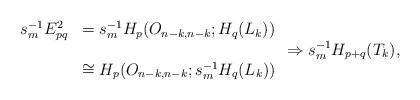
LaTeX: \begin{align*}\begin{array}{ll}s_{m}^{-1}E^{2}_{pq} &= s_{m}^{-1}H_{p}(O_{n-k,n-k}; H_{q}(L_{k}) )\\&\\& \cong H_{p}(O_{n-k,n-k}; s_{m}^{-1}H_{q}(L_{k})) \end{array}\Rightarrow s_{m}^{-1}H_{p+q}(T_{k}), \end{align*}